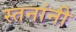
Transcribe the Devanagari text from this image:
स्तनांनी